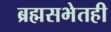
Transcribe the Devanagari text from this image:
ब्रह्मसभेतही